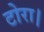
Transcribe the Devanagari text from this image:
टोरा।